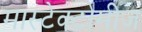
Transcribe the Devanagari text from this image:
मास्टेक्टोमीज